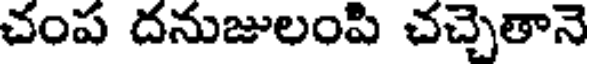
చంప దనుజులంపి చచ్చెతానె